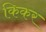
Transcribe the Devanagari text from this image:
किकर